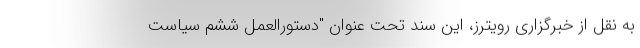
به نقل از خبرگزاری رویترز، این سند تحت عنوان "دستورالعمل ششم سیاست